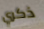
ذكري